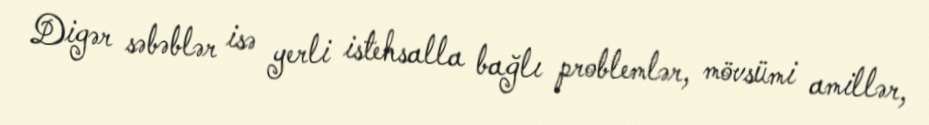
Digər səbəblər isə yerli istehsalla bağlı problemlər, mövsümi amillər,